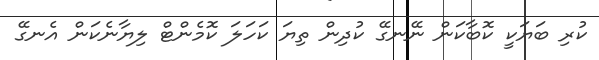
ކުރި ބަޔަކީ ކޮބާކަން ނޭނގޭ ކުދިން ތިޔަ ކަހަލަ ކޮމެންޓް ލިޔާނެކަން އެނގޭ